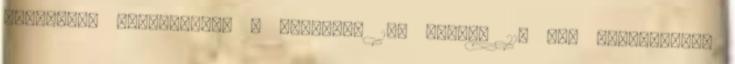
támadásra Marita-terv . december 18. Hitler 21. sz. hadmûveleti